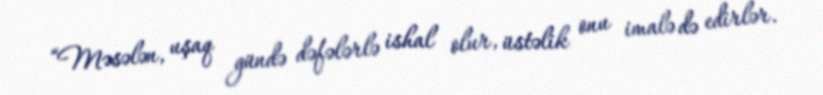
“Məsələn, uşaq gündə dəfələrlə ishal olur, üstəlik onu imalə də edirlər.